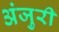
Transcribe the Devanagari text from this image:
अंजुरी